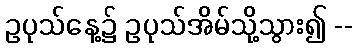
ဥပုသ်နေ့၌ ဥပုသ်အိမ်သို့သွား၍ --